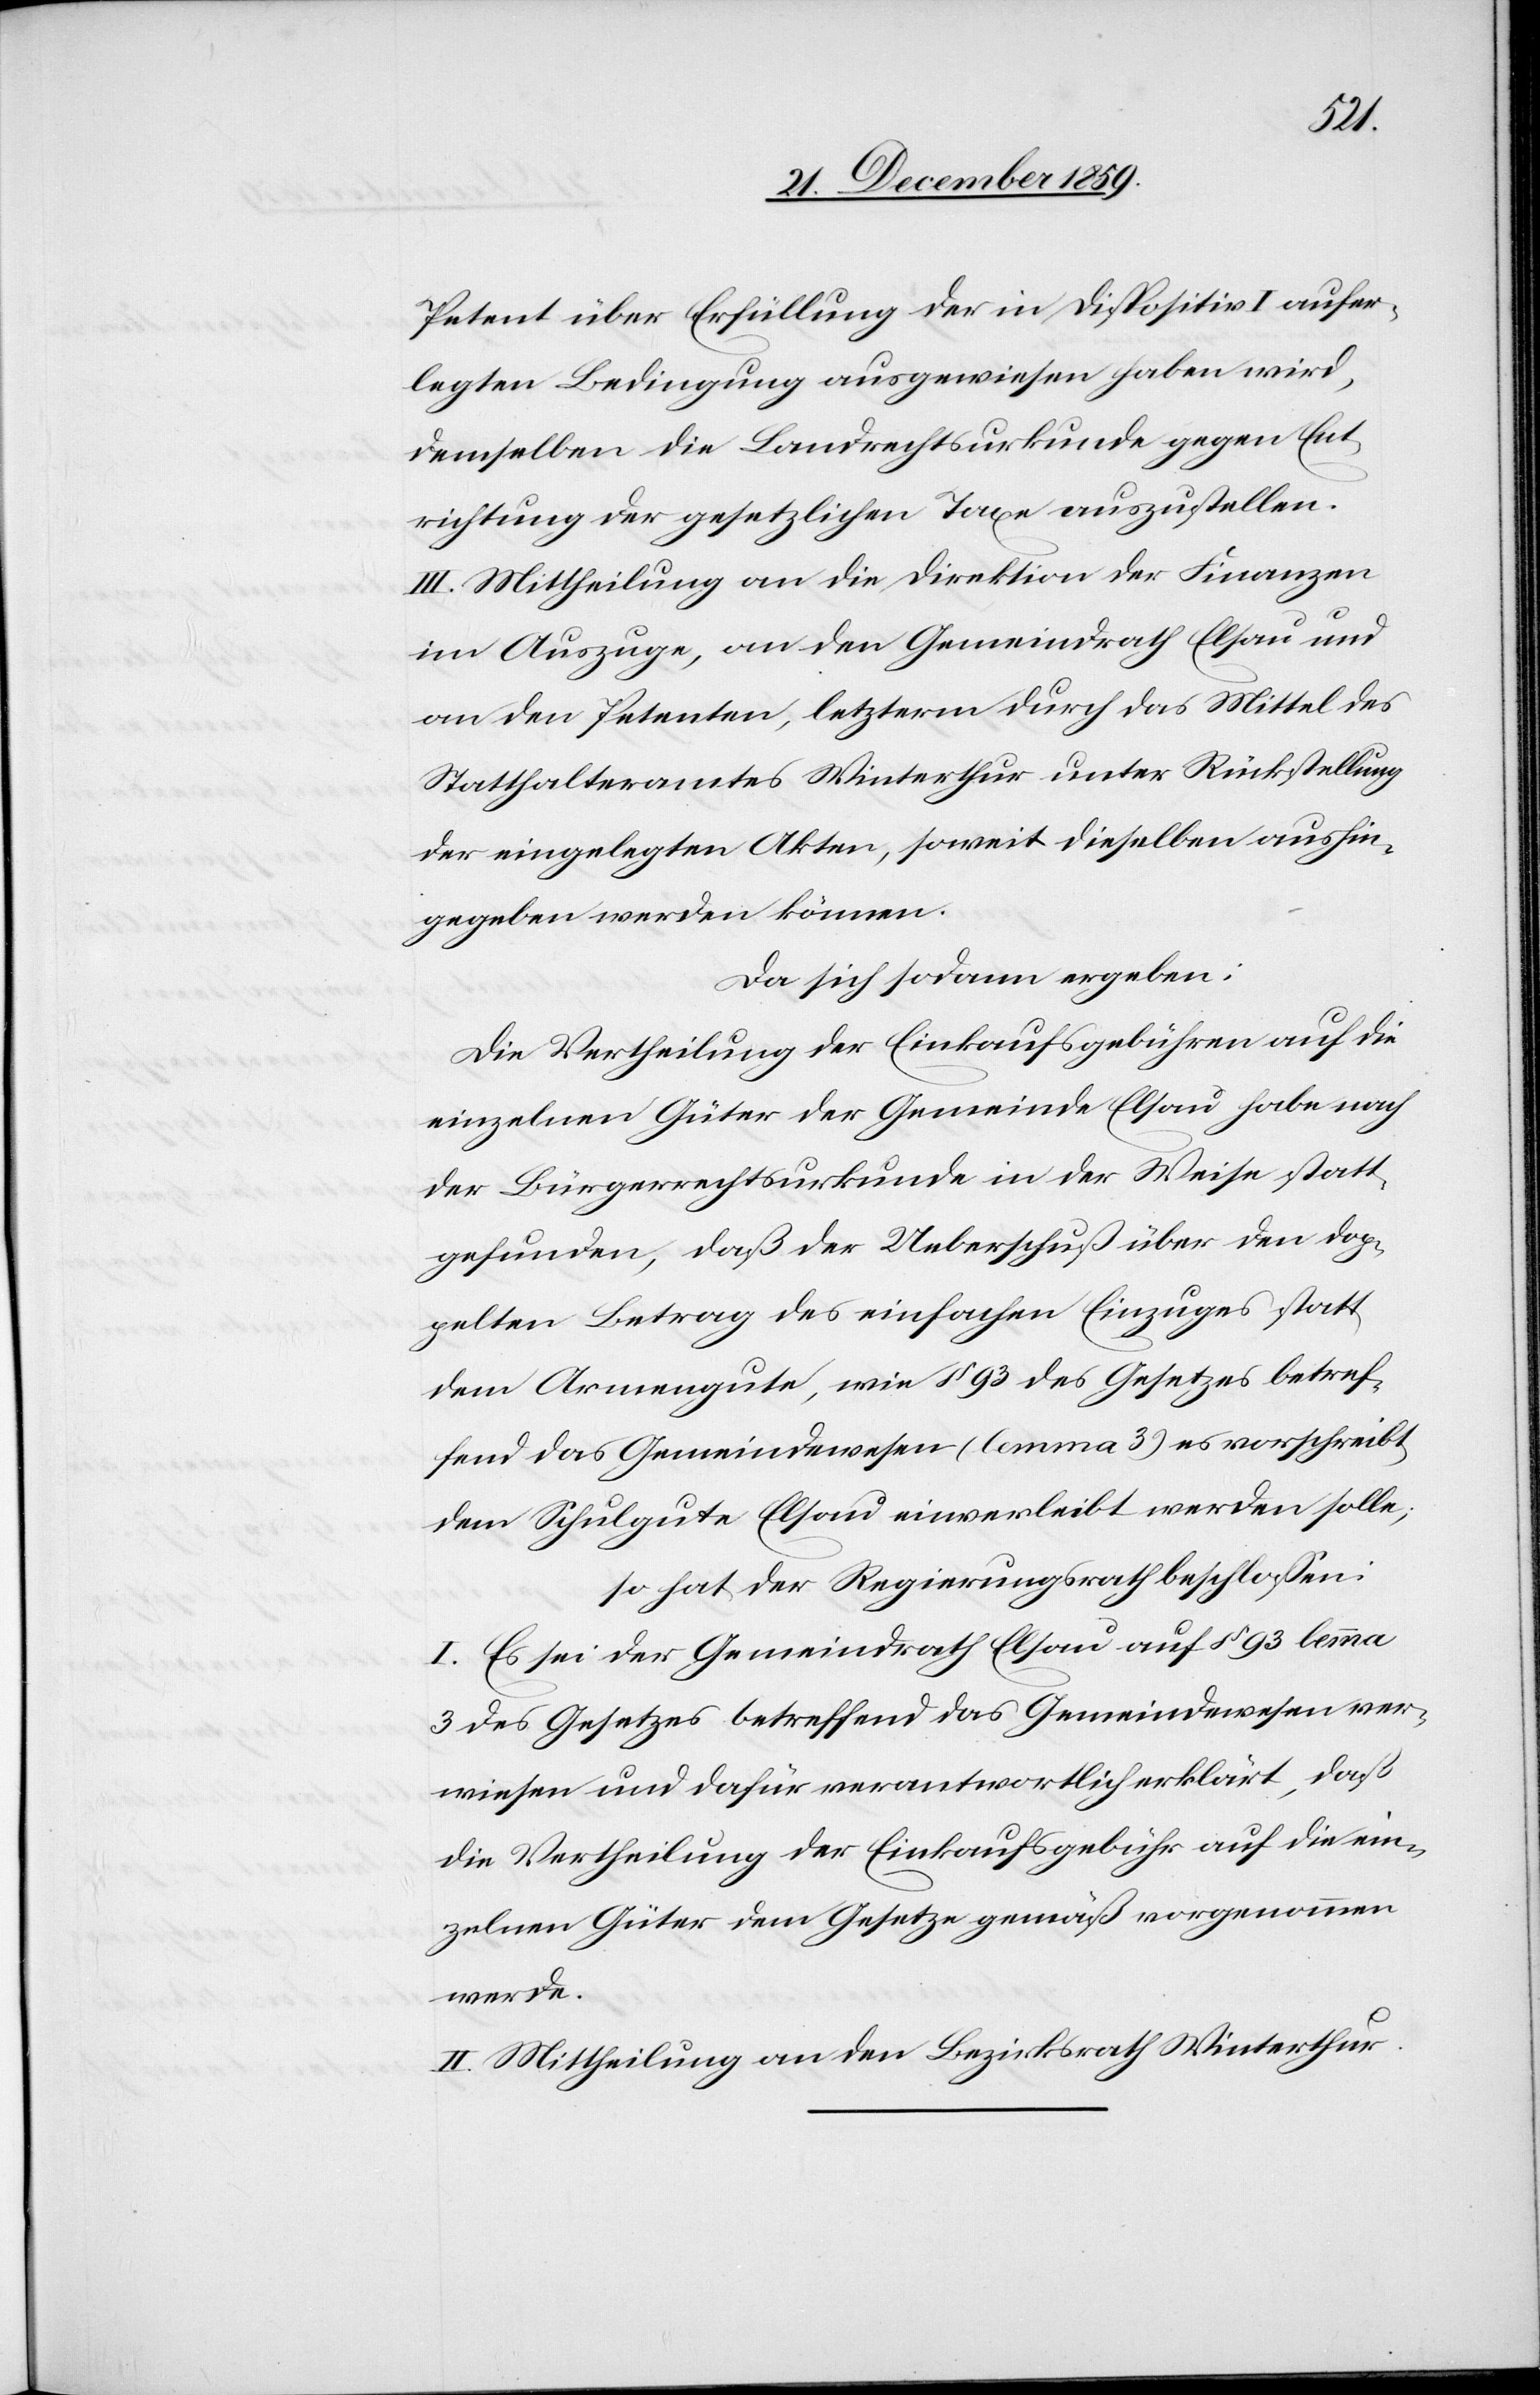
Petent über Erfüllung der in Dispositiv I aufer¬
legten Bedingungen ausgewiesen haben wird,
demselben die Landrechtsurkunde gegen Ent¬
richtung der gesetzlichen Taxen auszustellen.
III. Mittheilung an die Direktion der Finanzen
im Auszuge, an den Gemeindrath Elsau und
an den Petenten, letzterm durch das Mittel des
Statthalteramtes Winterthur unter Rückstellung
der eingelegten Akten, soweit dieselben aushin¬
gegeben werden können.
Da sich sodann ergeben:
Die Vertheilung der Einkaufsgebühren auf die
einzelnen Güter der Gemeinde Elsau habe nach
der Bürgerrechtsurkunde in der Weise statt¬
gefunden, daß der Ueberschuß den dop¬
pelten Betrag des einfachen Einzuges statt
dem Armengute, wie § 93 des Gesetzes betref¬
fend das Gemeindewesen (lemma 3) es vorschreibt,
dem Schulgute Elsau einverleibt werden solle;
so hat der Regierungsrath beschlossen:
I. Es sei der Gemeindrath Elsau auf § 93 lemma
3 des Gesetzes betreffend das Gemeindewesen ver¬
wiesen und dafür verantwortlich erklärt, daß
die Vertheilung der Einkaufsgebühr auf die ein¬
zelnen Güter dem Gesetze gemäß vorgenommen
werde.
II. Mittheilung an den Bezirksrath Winterthur.